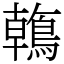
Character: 鶾